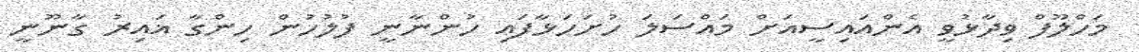
މަހްލޫފް ވިދާޅުވީ އެންއައިސީއަށް މައްސަލަ ހުށަހަޅާފައި ހުންނާނީ ފުލުހުން ހިންގާ ޣައިރު ގާނޫނީ